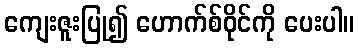
ကျေးဇူးပြု၍ ဟောက်စ်ဝိုင်ကို ပေးပါ။